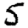
Digit: 5